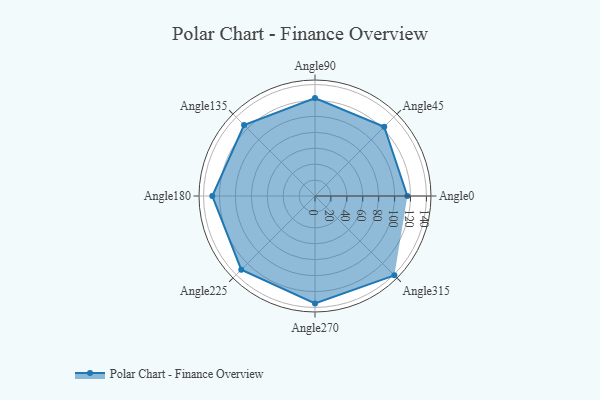
{"axis": {"x": "Angle", "y": "Radius"}, "legend": [""], "data": [{"x": "Angle0", "y": 116.0, "type": ""}, {"x": "Angle45", "y": 123.0, "type": ""}, {"x": "Angle90", "y": 123.0, "type": ""}, {"x": "Angle135", "y": 126.0, "type": ""}, {"x": "Angle180", "y": 129.0, "type": ""}, {"x": "Angle225", "y": 131.0, "type": ""}, {"x": "Angle270", "y": 135.0, "type": ""}, {"x": "Angle315", "y": 141.0, "type": ""}]}